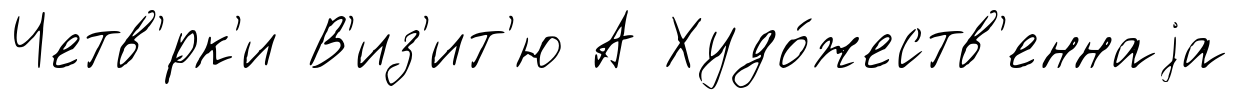
Четв'́рк'и В'из'ит'ю А Худо́жеств'еннаjа